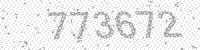
Solution: 773672